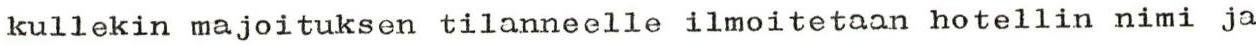
kullekin majoituksen tilanneelle ilmoitetaan hotellin nimi ja